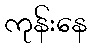
ကုန်းနေ